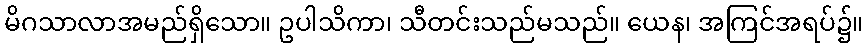
မိဂသာလာအမည်ရှိသော။ ဥပါသိကာ၊ သီတင်းသည်မသည်။ ယေန၊ အကြင်အရပ်၌။